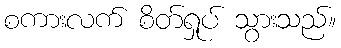
စကားလက် စိတ်ရှုပ် သွားသည်။